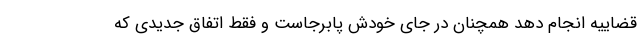
قضاییه انجام دهد همچنان در جای خودش پابرجاست و فقط اتفاق جدیدی که